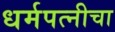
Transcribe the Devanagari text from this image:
धर्मपत्‍नीचा